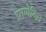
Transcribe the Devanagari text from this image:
प्राणेदित